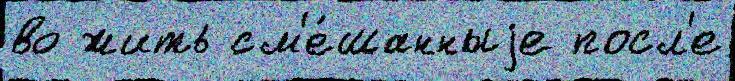
во жить см'е́шанныjе посл'е